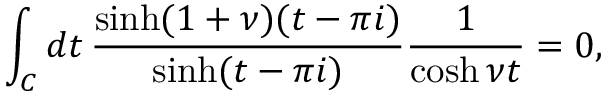
\int _ { C } d t \, \frac { \sinh ( 1 + \nu ) ( t - \pi i ) } { \sinh ( t - \pi i ) } \frac { 1 } { \cosh \nu t } = 0 ,